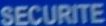
SECURITE